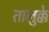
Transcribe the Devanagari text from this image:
तालुक्के